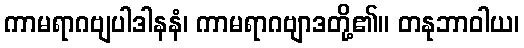
ကာမရာဂဗျပါဒါနနံ၊ ကာမရာဂဗျာဒတို့၏။ တနုဘာဝါယ၊